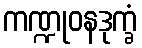
ကဏ္ဍုဝနဒုက္ခံ